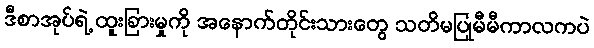
ဒီစာအုပ်ရဲ့ ထူးခြားမှုကို အနောက်တိုင်းသားတွေ သတိမပြုမီမီကာလကပဲ